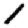
Digit: 1